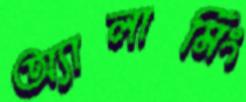
অ্যালার্মিং